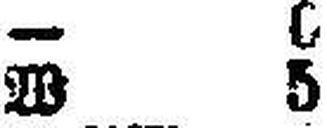
W 5